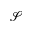
\mathcal { S }